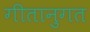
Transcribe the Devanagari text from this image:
गीतानुगत